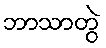
ဘာသာတွဲ